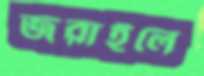
জরাইলে